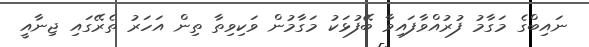
ނައިބްގެ މަގާމު ފުރުއްވާފައިވާ ބޭފުޅަކު މަގާމުން ވަކިވިތާ ތިން އަހަރު ތެރޭގައި ޖިނާއީ